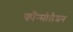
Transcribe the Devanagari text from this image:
कॉन्सोलेशन